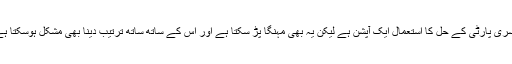
تیسری پارٹی کے حل کا استعمال ایک آپشن ہے لیکن یہ بھی مہنگا پڑ سکتا ہے اور اس کے ساتھ ساتھ ترتیب دینا بھی مشکل ہوسکتا ہے۔